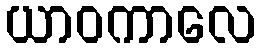
ယာဝကာလေ